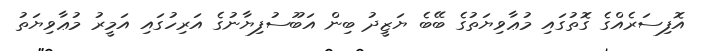
އޮފިސަރެއްގެ ގޮތުގައި މުޢާވިޔަތުގެ ބޭބެ ޔަޒީދު ބިން އަބޫސުފިޔާނުގެ އަރިހުގައި އަމީރު މުޢާވިޔަތު